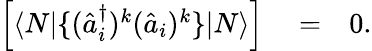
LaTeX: \begin{array}{rlr}{\Big[\langle N|\{ (\hat{a}_{i}^{\dagger})^{k}(\hat{a}_{i})^{k}\} |N\rangle\Big]}&{{}=}&{0.}\end{array}